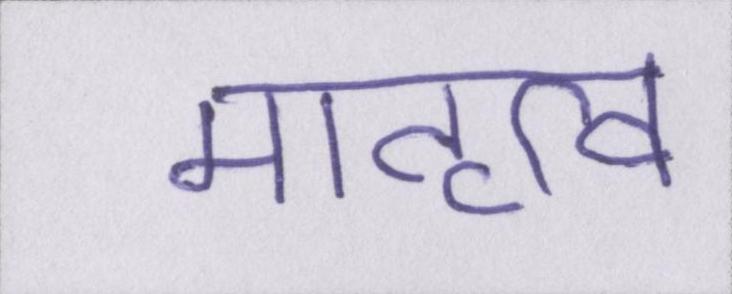
मातृत्व